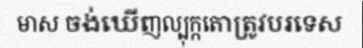
មាស ចង់ឃើញល្បុក្កតោត្រូវបរទេស